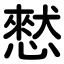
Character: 憖